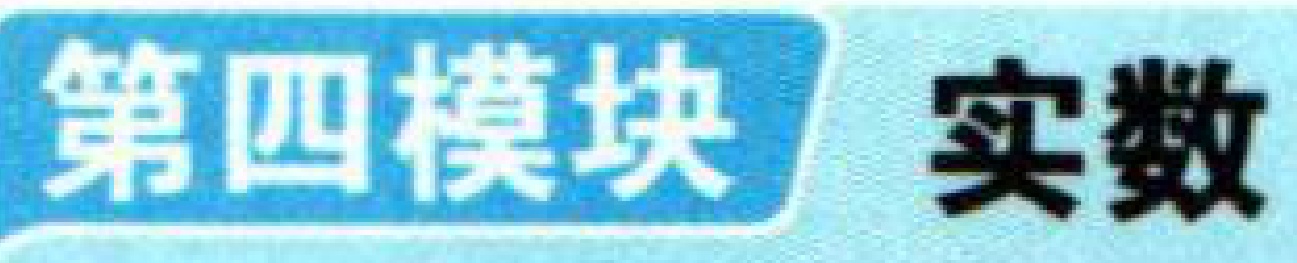
\fbox{\textcolor{white}{第四模块}}  实数